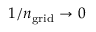
1 / n _ { \mathrm { g r i d } } \to 0